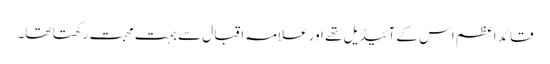
قائد اعظم اس کے آئیڈیل تھے اور علامہ اقبال سے بہت محبت رکھتا تھا۔